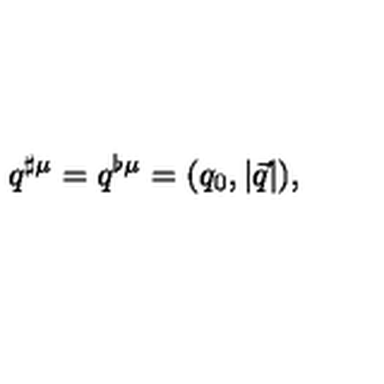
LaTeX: q ^ { \sharp \mu } = q ^ { \flat \mu } = ( q _ { 0 } , \left| \vec { q } \right| ) ,